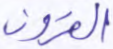
القرون